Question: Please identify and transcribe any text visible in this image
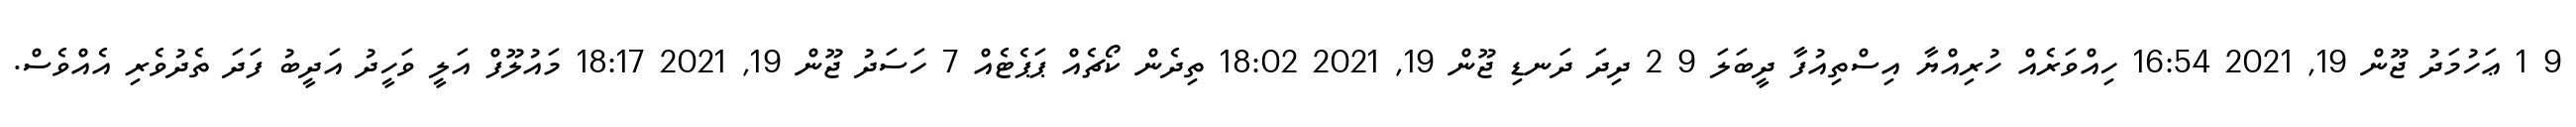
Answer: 9 1 ޢަހުމަދު ޖޫން 19, 2021 16:54 ހިއްވަރެއް ހުރިއްޔާ އިސްތިއުފާ ދީބަލަ 9 2 ދިދަ ދަނޑި ޖޫން 19, 2021 18:02 ތިދެން ކޯޗެއް ޕަޕެޓެއް 7 ހަސަދު ޖޫން 19, 2021 18:17 މައުލޫފް އަލީ ވަހީދު އަދީބު ފަދަ ތެދުވެރި އެއްވެސް.